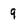
Character: 9